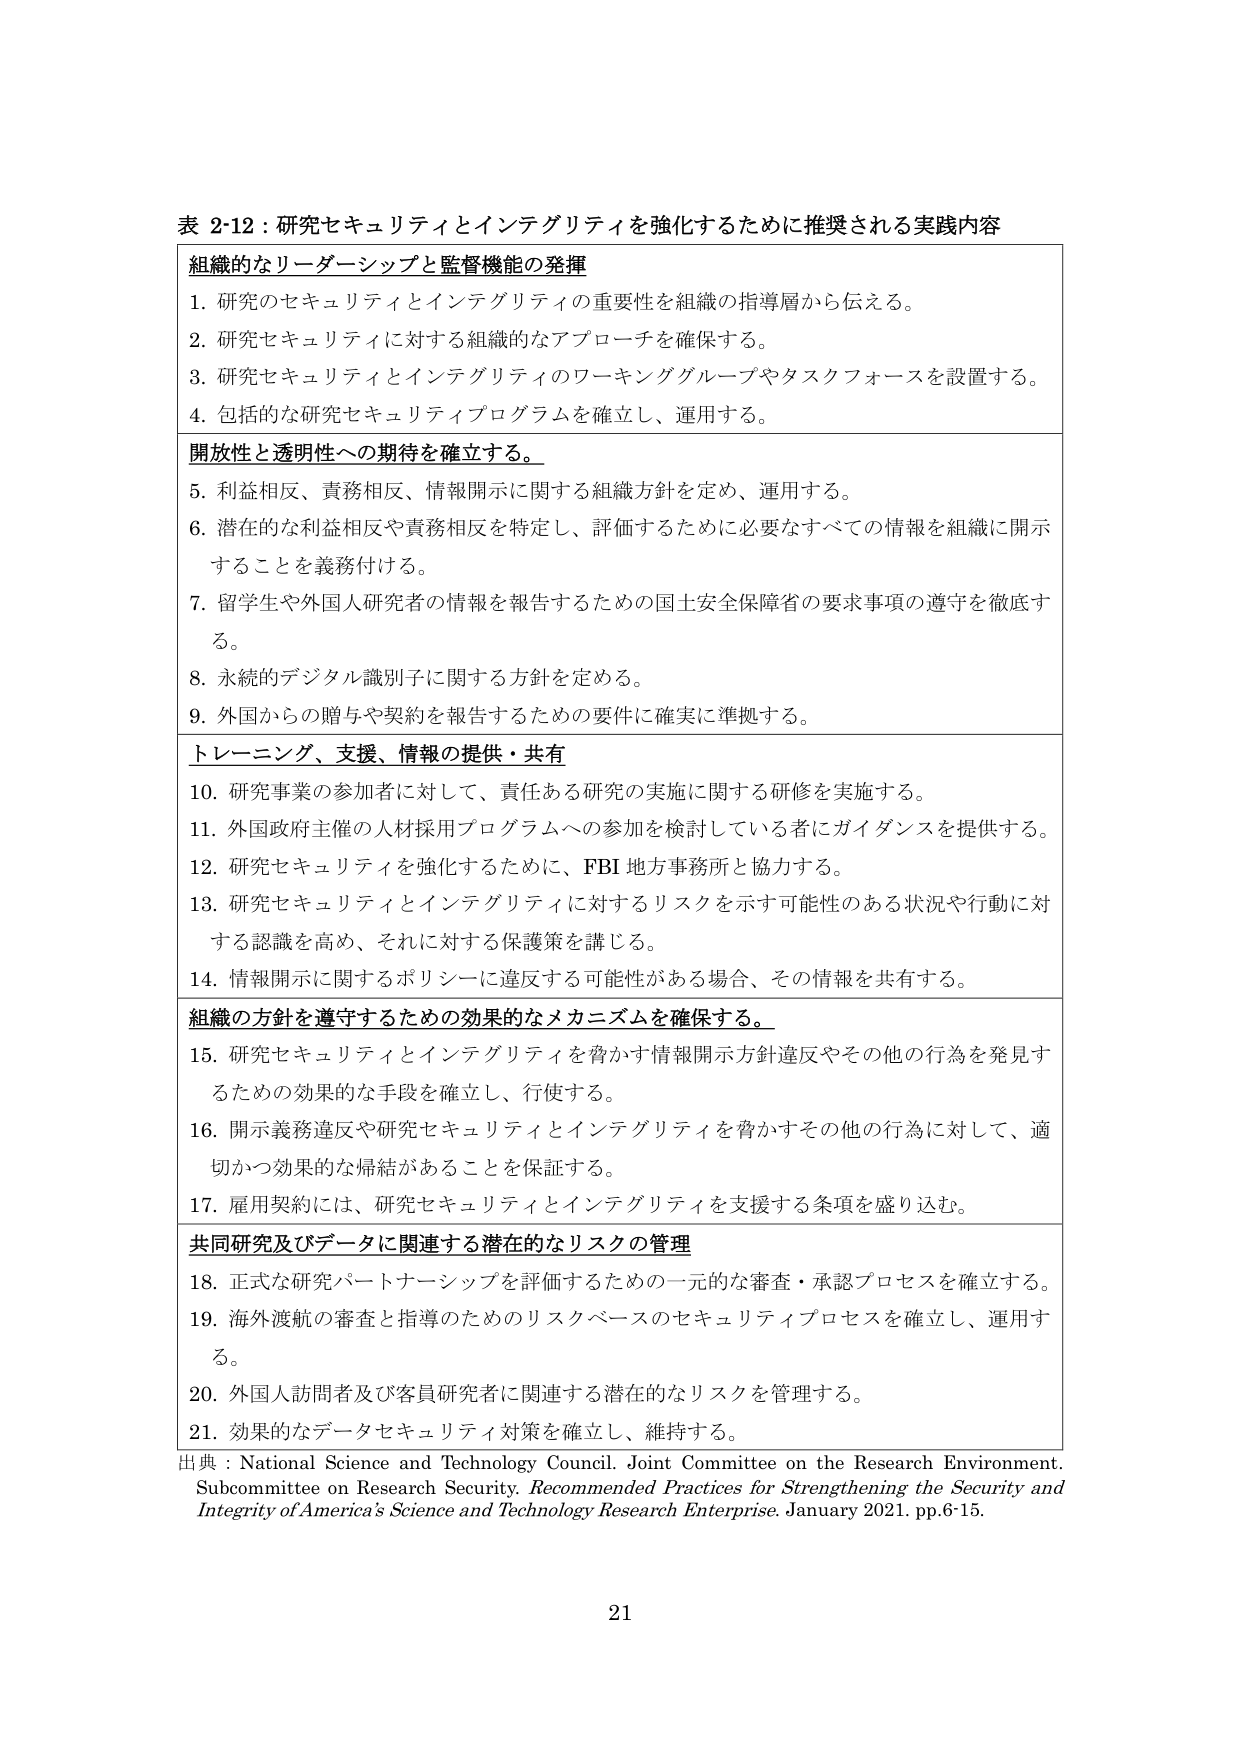
表 2-12：研究セキュリティとインテグリティを強化するために推奨される実践内容

組織的なリーダーシップと監督機能の発揮
1. 研究のセキュリティとインテグリティの重要性を組織の指導層から伝える。
2. 研究セキュリティに対する組織的なアプローチを確保する。
3. 研究セキュリティとインテグリティのワーキンググループやタスクフォースを設置する。
4. 包括的な研究セキュリティプログラムを確立し、運用する。

開放性と透明性への期待を確立する。
5. 利益相反、責務相反、情報開示に関する組織方針を定め、運用する。
6. 潜在的な利益相反や責務相反を特定し、評価するために必要なすべての情報を組織に開示することを義務付ける。
7. 留学生や外国人研究者の情報を報告するための国土安全保障省の要求事項の遵守を徹底する。
8. 永続的デジタル識別子に関する方針を定める。
9. 外国からの贈与や契約を報告するための要件に確実に準拠する。

トレーニング、支援、情報の提供・共有
10. 研究事業の参加者に対して、責任ある研究の実施に関する研修を実施する。
11. 外国政府主催の人材採用プログラムへの参加を検討している者にガイダンスを提供する。
12. 研究セキュリティを強化するために、FBI 地方事務所と協力する。
13. 研究セキュリティとインテグリティに対するリスクを示す可能性のある状況や行動に対する認識を高め、それに対する保護策を講じる。
14. 情報開示に関するポリシーに違反する可能性がある場合、その情報を共有する。

組織の方針を遵守するための効果的なメカニズムを確保する。
15. 研究セキュリティとインテグリティを脅かす情報開示方針違反やその他の行為を発見するための効果的な手段を確立し、行使する。
16. 開示義務違反や研究セキュリティとインテグリティを脅かすその他の行為に対して、適切かつ効果的な帰結があることを保証する。
17. 雇用契約には、研究セキュリティとインテグリティを支援する条項を盛り込む。

共同研究及びデータに関連する潜在的なリスクの管理
18. 正式な研究パートナーシップを評価するための一元的な審査・承認プロセスを確立する。
19. 海外渡航の審査と指導のためのリスクベースのセキュリティプロセスを確立し、運用する。
20. 外国人訪問者及び客員研究者に関連する潜在的なリスクを管理する。
21. 効果的なデータセキュリティ対策を確立し、維持する。

出典：National Science and Technology Council. Joint Committee on the Research Environment. Subcommittee on Research Security. Recommended Practices for Strengthening the Security and Integrity of America’s Science and Technology Research Enterprise. January 2021. pp.6-15.

21